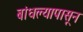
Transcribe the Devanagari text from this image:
बांधल्यापासून